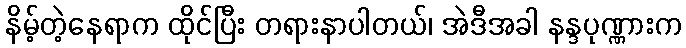
နိမ့်တဲ့နေရာက ထိုင်ပြီး တရားနာပါတယ်၊ အဲဒီအခါ နန္ဒပုဏ္ဏားက